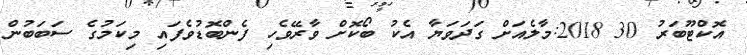
އޮކްޓޫބަރު 30 2018:މާލެއަށް ގަދަވަޔާ އެކު ބޯކޮށް ވާރޭވެހި ފެންބޮޑުވެފައި މިކަމުގެ ސަބަބުން